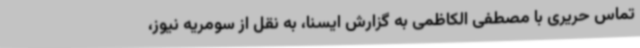
تماس حریری با مصطفی الکاظمی به گزارش ایسنا، به نقل از سومریه نیوز،